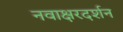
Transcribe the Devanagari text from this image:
नवाक्षरदर्शन